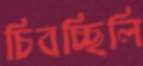
চিবচ্ছিলি